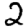
Digit: 2